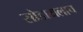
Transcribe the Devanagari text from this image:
सोडायलाच